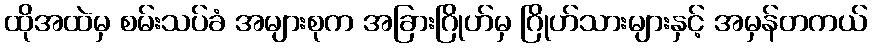
ထိုအထဲမှ စမ်းသပ်ခံ အများစုက အခြားဂြိုဟ်မှ ဂြိုဟ်သားများနှင့် အမှန်တကယ်